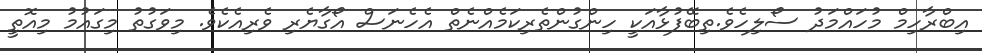
އިބްރާހިމް މުހައްމަދު ސޯލިހެވެ.ތިބޭފުޅާއަކީ ހިންގުންތެރިކަމެއްނެތް އެހެނަސް އޯގާޔެރި ވެރިއެކެވެ. މިވަގުތު މިގައުމު މިއޮތީ